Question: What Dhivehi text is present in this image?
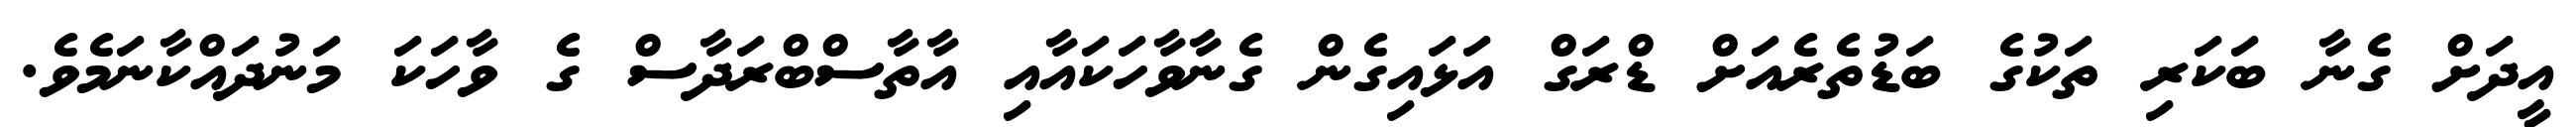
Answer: އީދަށް ގެނާ ބަކަރި ތަކުގެ ބަޑުތެރެއަށް ޑްރަގް އަޅައިގެން ގެނާވާހަކައާއި އާތާސްބްރަދާސް ގެ ވާހަކަ މަނުދައްކާނަމެވެ.